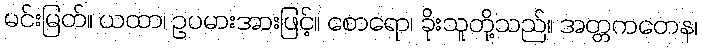
မင်းမြတ်။ ယထာ၊ ဥပမားအားဖြင့်။ စောရော၊ ခိုးသူတို့သည်။ အတ္တကတေန၊